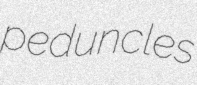
peduncles